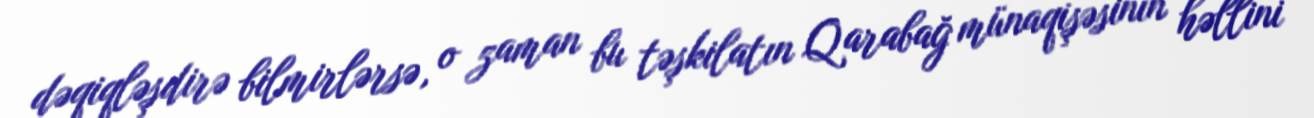
dəqiqləşdirə bilmirlərsə, o zaman bu təşkilatın Qarabağ münaqişəsinin həllini